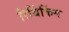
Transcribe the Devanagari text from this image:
रिथिंकिंग